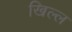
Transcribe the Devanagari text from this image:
खिल्ल